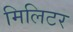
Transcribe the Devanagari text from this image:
मिलिटर